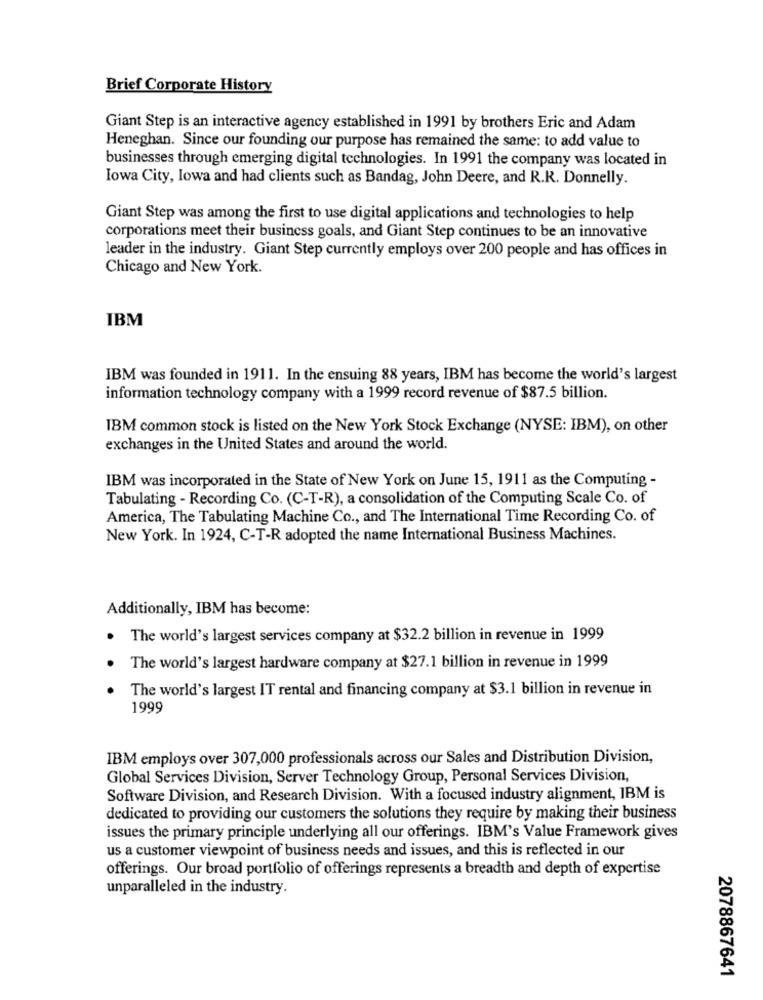
Brief Corporate History
Giant Step is an interactive agency established in 1991 by brothers Eric and Adam
Heneghan. Since our founding our purpose has remained the same: to add value to
businesses through emerging digital technologies. In 1991 the company was located in
Iowa City, Iowa and had clients such as Bandag, John Deere, and R.R. Donnelly.
Giant Step was among the first to use digital applications and technologies to help
corporations meet their business goals, and Giant Step continues to be an innovative
leader in the industry. Giant Step currently employs over 200 people and has offices in
Chicago and New York.
IBM
IBM was founded in 1911. In the ensuing 88 years, IBM has become the world's largest
information technology company with a 1999 record revenue of $87.5 billion.
IBM common stock is listed on the New York Stock Exchange (NYSE: IBM), on other
exchanges in the United States and around the world.
IBM was incorporated in the State of New York on June 15, 1911 as the Computing -
Tabulating - Recording Co. (C-T-R), a consolidation of the Computing Scale Co. of
America, The Tabulating Machine Co ., and The International Time Recording Co. of
New York. In 1924, C-T-R adopted the name International Business Machines.
Additionally, IBM has become:
The world's largest services company at $32.2 billion in revenue in 1999
The world's largest hardware company at $27.1 billion in revenue in 1999
The world's largest IT rental and financing company at $3.1 billion in revenue in
1999
IBM employs over 307,000 professionals across our Sales and Distribution Division,
Global Services Division, Server Technology Group, Personal Services Division,
Software Division, and Research Division. With a focused industry alignment, IBM is
dedicated to providing our customers the solutions they require by making their business
issues the primary principle underlying all our offerings. IBM's Value Framework gives
us a customer viewpoint of business needs and issues, and this is reflected in our
offerings. Our broad portfolio of offerings represents a breadth and depth of expertise
unparalleled in the industry.
2078867641